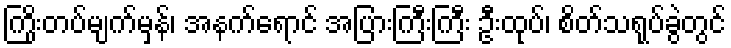
ကြိုးတပ်မျက်မှန်၊ အနက်ရောင် အပြားကြီးကြီး ဦးထုပ်၊ စိတ်သရုပ်ခွဲတွင်